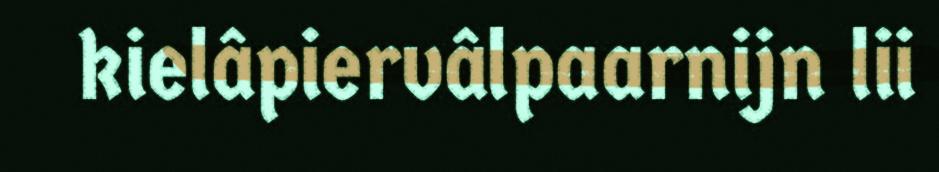
kielâpiervâlpaarnijn lii